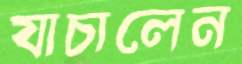
যাচালেন